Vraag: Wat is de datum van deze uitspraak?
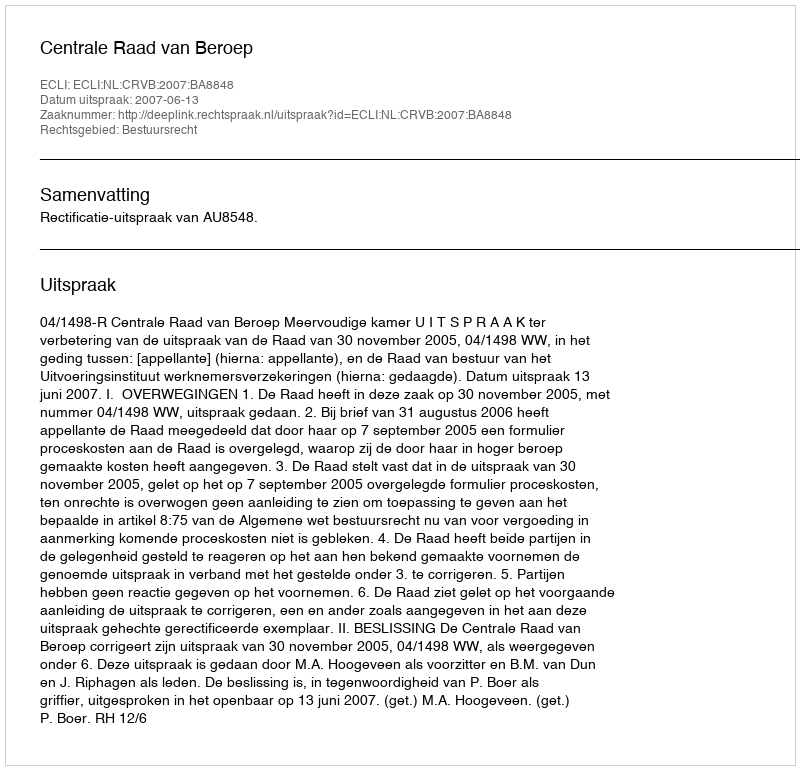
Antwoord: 2007-06-13